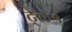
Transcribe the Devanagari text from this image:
ट्ळ५